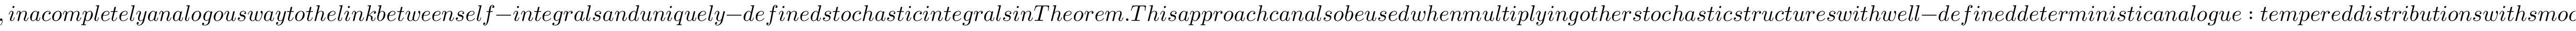
, i n a c o m p l e t e l y a n a l o g o u s w a y t o t h e l i n k b e t w e e n s e l f - i n t e g r a l s a n d u n i q u e l y - d e f i n e d s t o c h a s t i c i n t e g r a l s i n T h e o r e m . T h i s a p p r o a c h c a n a l s o b e u s e d w h e n m u l t i p l y i n g o t h e r s t o c h a s t i c s t r u c t u r e s w i t h w e l l - d e f i n e d d e t e r m i n i s t i c a n a l o g u e : t e m p e r e d d i s t r i b u t i o n s w i t h s m o o t h f u n c t i o n s w i t h p o l y n o m i a l l y b o u n d e d d e r i v a t i v e s , p r i m i t i v e s o f m e a s u r e s w i t h